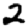
Digit: 2